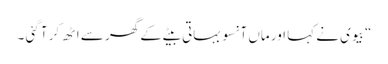
“ بیوی نے کہا اور ماں آنسو بہاتی بیٹے کے گھر سے اٹھ کر آ گئی ۔